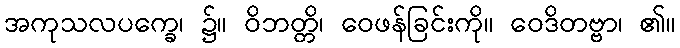
အကုသလပက္ခေ၊ ၌။ ဝိဘတ္တိ၊ ဝေဖန်ခြင်းကို။ ဝေဒိတဗ္ဗာ၊ ၏။